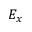
E _ { x }